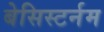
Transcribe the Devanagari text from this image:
बेसिस्टर्नम